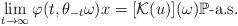
LaTeX: \begin{align*}\lim_{t\rightarrow\infty}\varphi(t,\theta_{-t}\omega)x=[\mathcal{K}(u)](\omega)\mathbb{P}\mbox{-a.s.}\end{align*}